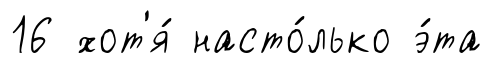
16 хот'я́ насто́лько э́та